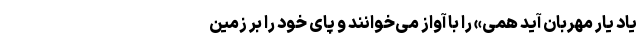
یاد یار مهربان آید همی» را با آواز می‌خوانند و پای خود را بر زمین